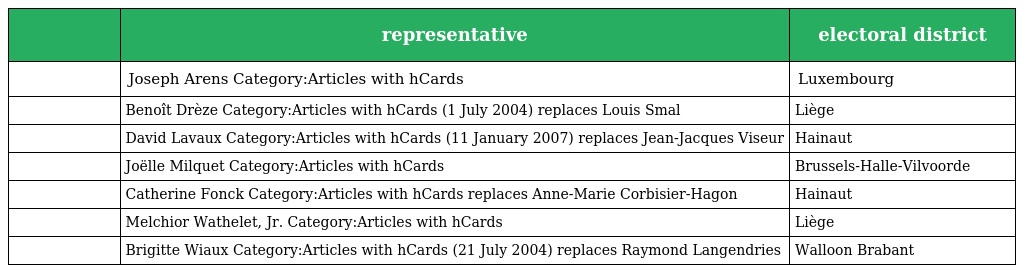
|  | representative | electoral district |
 | --- | --- | --- |
 |  | Joseph Arens Category:Articles with hCards | Luxembourg |
 |  | Benoît Drèze Category:Articles with hCards (1 July 2004) replaces Louis Smal | Liège |
 |  | David Lavaux Category:Articles with hCards (11 January 2007) replaces Jean-Jacques Viseur | Hainaut |
 |  | Joëlle Milquet Category:Articles with hCards | Brussels-Halle-Vilvoorde |
 |  | Catherine Fonck Category:Articles with hCards replaces Anne-Marie Corbisier-Hagon | Hainaut |
 |  | Melchior Wathelet, Jr. Category:Articles with hCards | Liège |
 |  | Brigitte Wiaux Category:Articles with hCards (21 July 2004) replaces Raymond Langendries | Walloon Brabant |